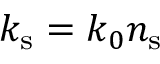
k _ { \mathrm { s } } = k _ { 0 } n _ { \mathrm { s } }